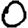
Digit: 0